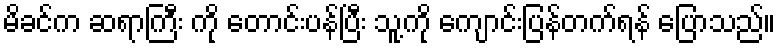
မိခင်က ဆရာကြီး ကို တောင်းပန်ပြီး သူ့ကို ကျောင်းပြန်တက်ရန် ပြောသည်။